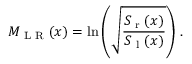
M _ { \textrm { L R } } ( x ) = \ln { \left( \sqrt { \frac { S _ { \textrm { r } } ( x ) } { S _ { \textrm { l } } ( x ) } } \right) } \ .